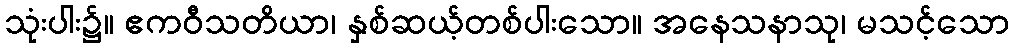
သုံးပါး၌။ ဧကဝီသတိယာ၊ နှစ်ဆယ့်တစ်ပါးသော။ အနေသနာသု၊ မသင့်သော